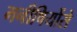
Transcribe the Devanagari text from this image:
मनीषियोंसे